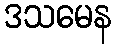
ဒသမေန